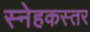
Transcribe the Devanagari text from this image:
स्नेहकस्तर